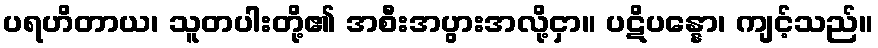
ပရဟိတာယ၊ သူတပါးတို့၏ အစီးအပွားအလို့ငှာ။ ပဋိပန္နော၊ ကျင့်သည်။